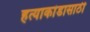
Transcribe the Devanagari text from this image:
हत्याकांडासाठी